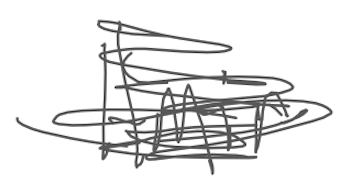
Text: Amir
Cross-out: scratch
Writing tool: digital_gray